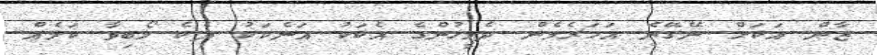
ޒާން އަކަށް ނޭގޭނެ އަހަރެމެން ދެމީހުންގެ އެކަކު އަނެކަކު ދެކެ ލޯބިވާ ކަމެއް.